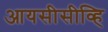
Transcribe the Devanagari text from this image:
आयसीसीव्हि